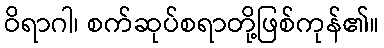
ဝိရာဂါ၊ စက်ဆုပ်စရာတို့ဖြစ်ကုန်၏။